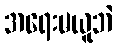
အရေးမယူဘဲ